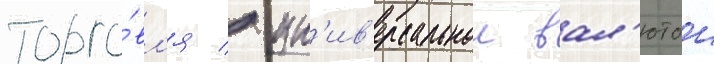
торго́вл'я / ун'ив'ерсальнои вал'ютои